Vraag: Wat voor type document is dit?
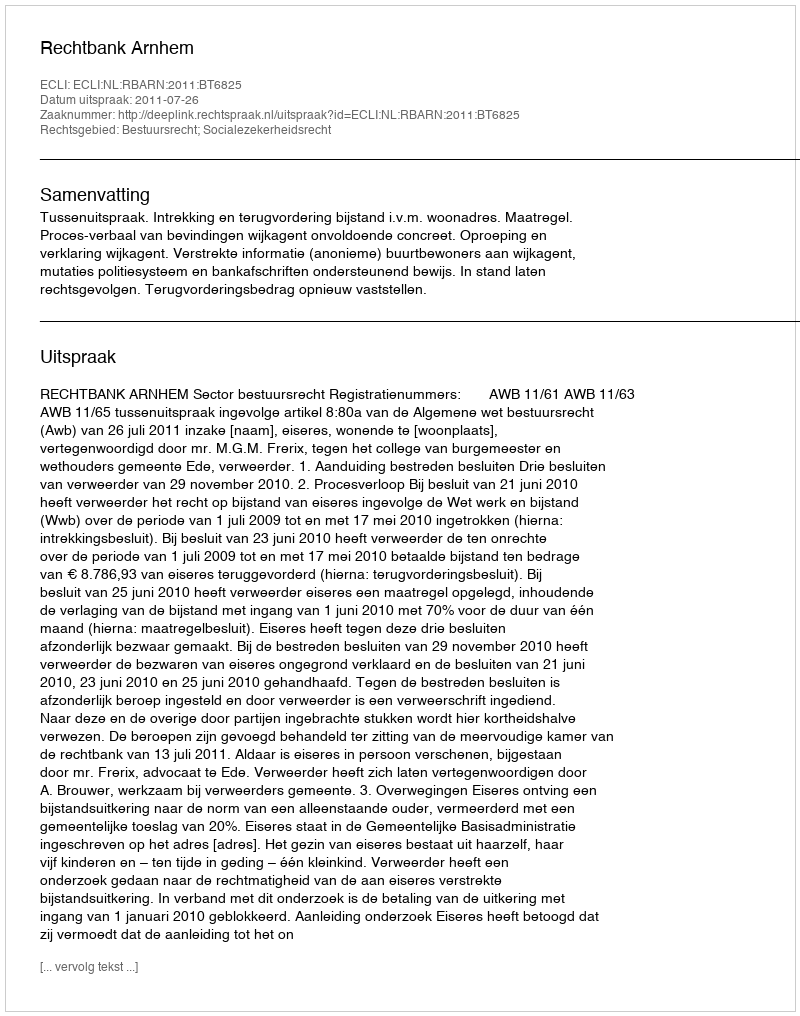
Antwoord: Uitspraak